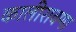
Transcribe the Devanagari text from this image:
कालीरावणा